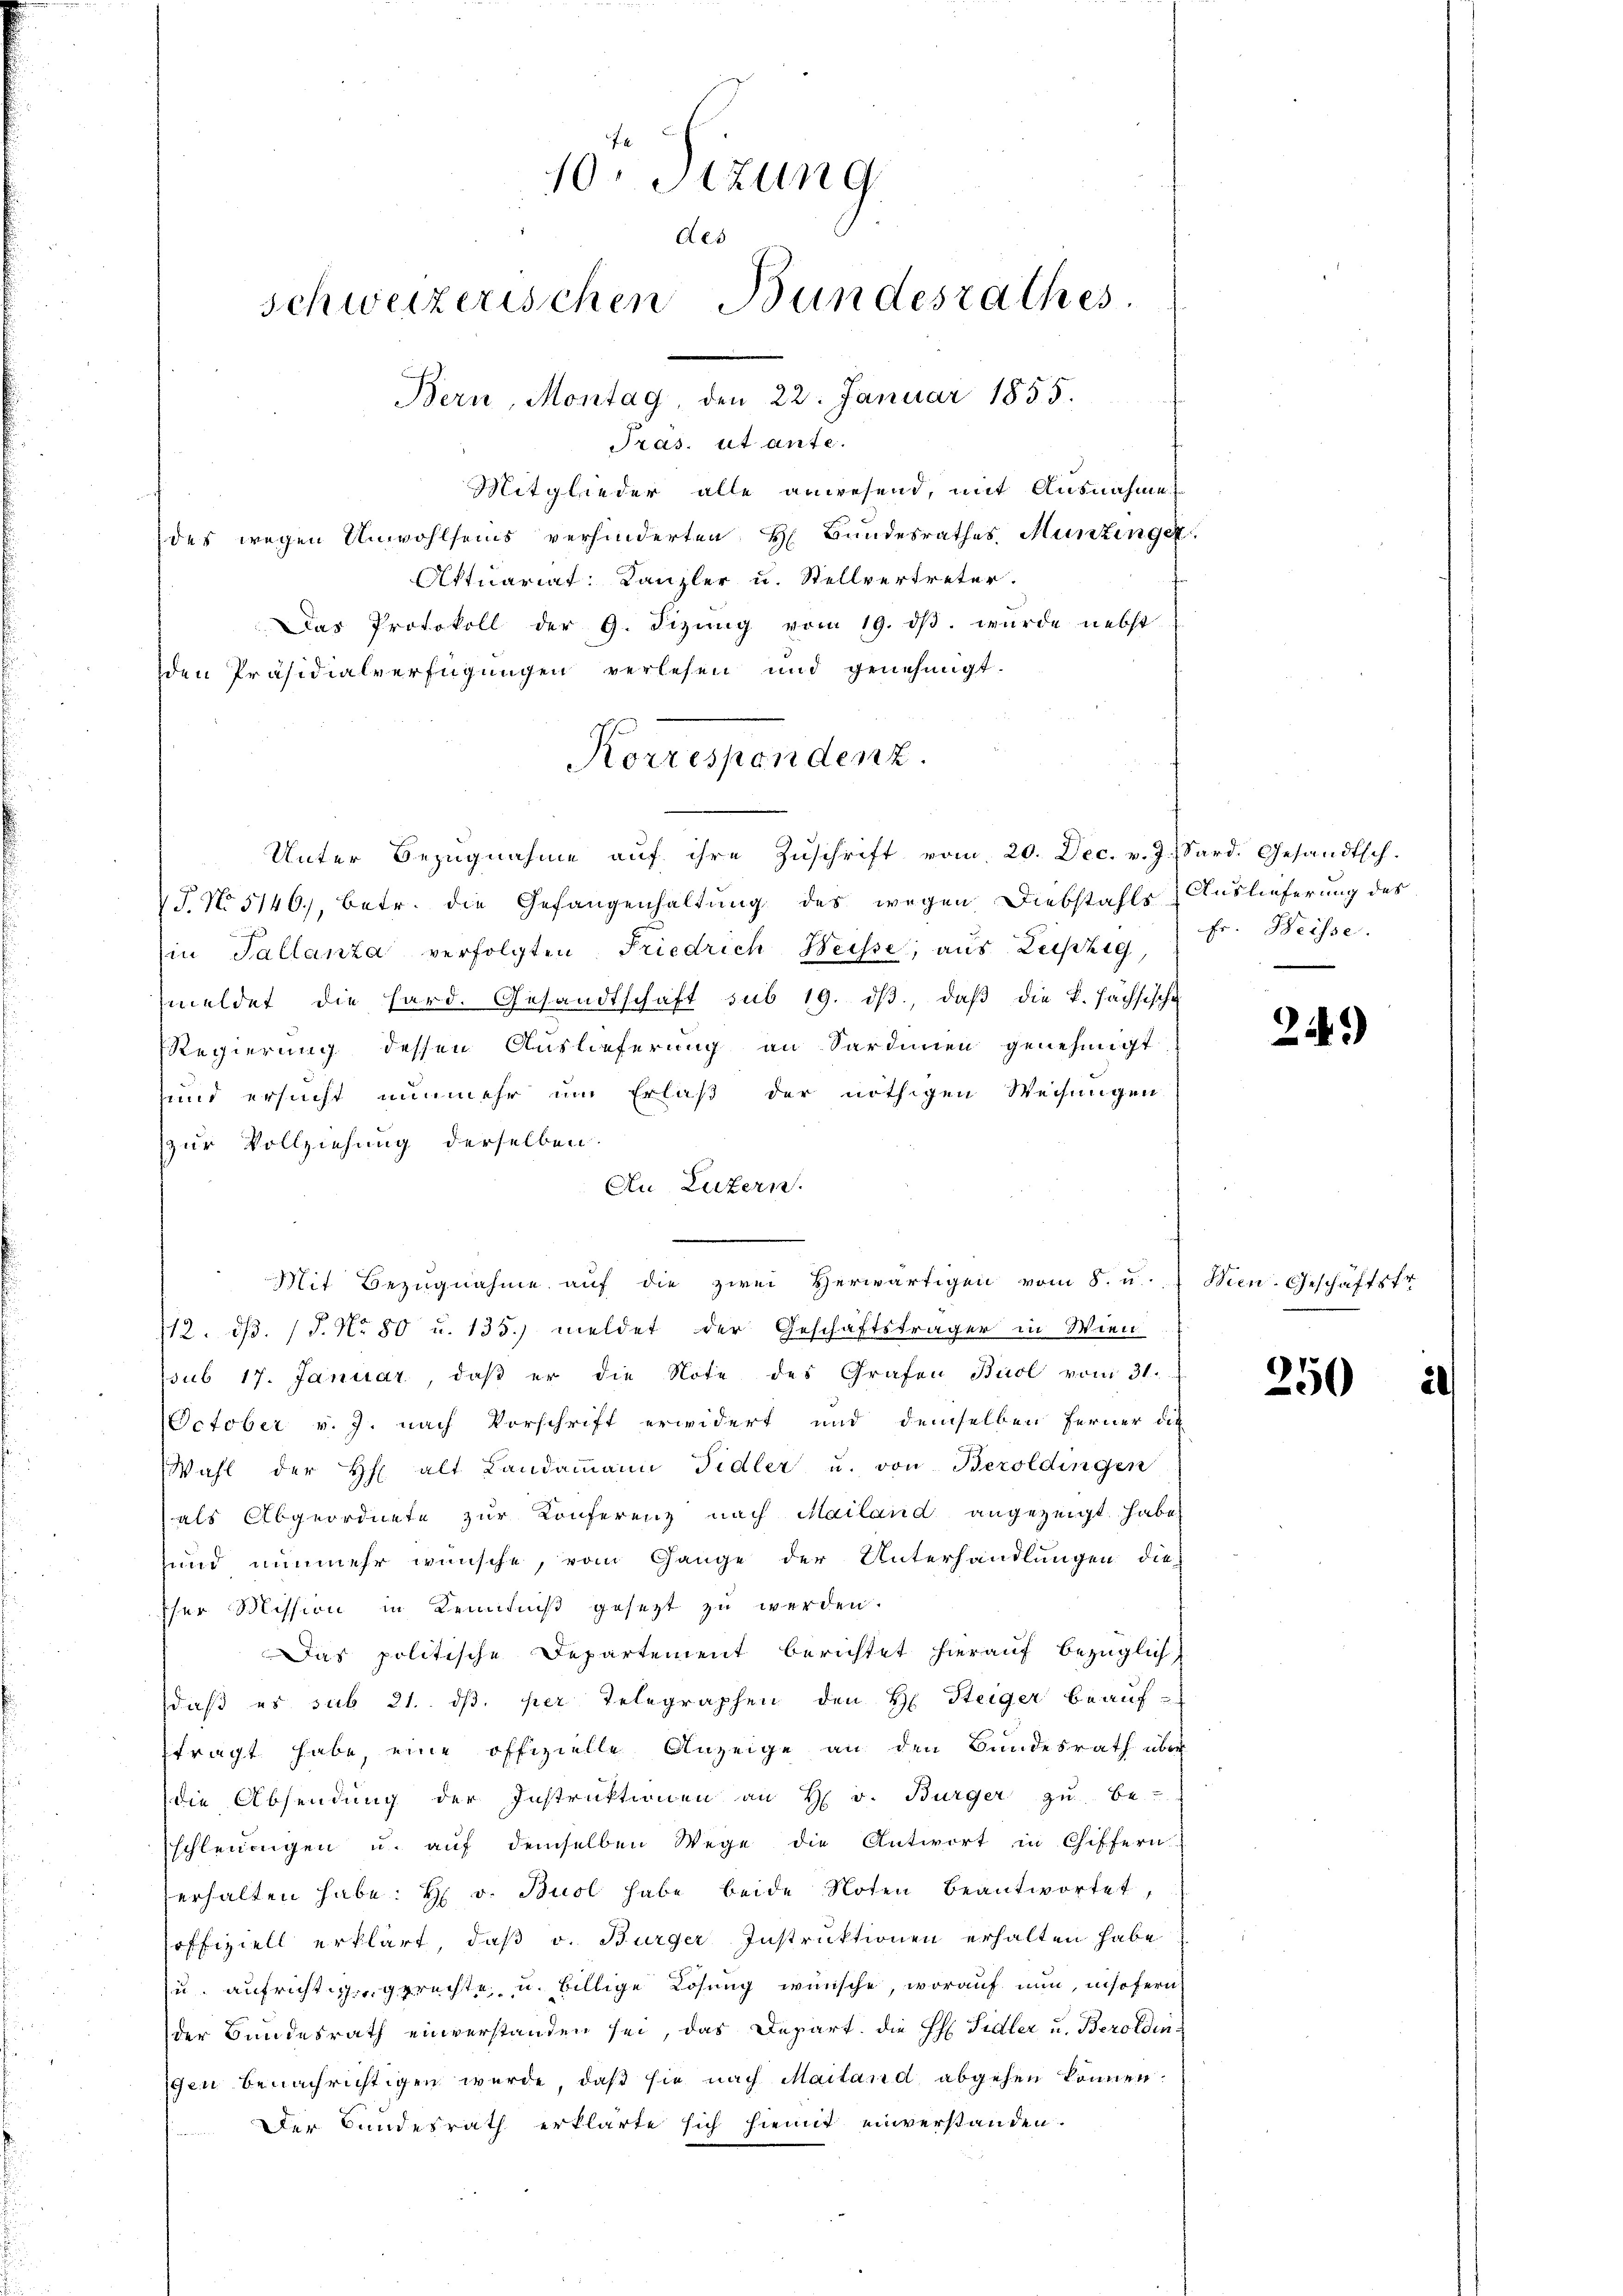
10. Stzung
Aes
schweizerischen Bundesrathes.
Bern, Montag, den 22. Januar 1855.

Pras. ut ante.
Mitglieder alle anwesend, mit Ausnahme
des wegen Unwohlseins verhinderten H. Bundesrathes Munzinget
Aktuariat Kanzler u. Stellvertreter.
Das Protokoll der 9. Sizŭng vom 19. dβ. wurde nebst
den Präsidialverfügungen verlesen und genehmigt.
Unter Bezŭgnahme aŭf ihre Zŭschrift vom 20. Dec. v. J. Sard. Gesandtsch.
J. No 5146, betr. die Gefangenhaltung des wegen Diebstahls Auslieferung des
in Tallanza verfolgten Friedrich Weisse, aus Leipzig,
meldet die hard. Gesandtschaft sub 19. dβ, daβ die k. hächsische
RRegierung dessen Auslieferung an Sardinien genehmigt
und ersucht nunmehr um Erlaß der nöthigen Weisungen
zur Vollziehung derselben.
Au Luzern.
Mit Bezugnahme auf die zwei Herwärtigen vom 8. u.
112. d. 15. No 80 u. 135.) meldet der Geschäftsträger in Wien
psub 17. Januar, daß er die Note des Grafen Buol vom 31.
October v. J. nach Vorschrift erwidert und demselben Ferner die
Wahl der h. alt Landammann Fidler u. von Beroldingen
als Abgeordnete zŭr Konferenz nach Mailand angezeigt habe,
und nunmehr wünsche, vom Gange der Unterhandlungen die
Iser Mission in Kenntniß gesezt zu werden.
Das politische Departement berichtet hierauf bezüglich
daβ es sub 21. dβ. per Telegraphen den H. Steiger beauftragt habe, eine offizielle Anzeige an den Bundesrath über
die Absendung der Instruktionen an H. v. Bürger zu be-
schleunigen u. aŭf demselben Wege die Antwort in Chiffern
erhalten habe. H. v. Buol habe beide Noten beantwortet,
offiziell erklärt, daß v. Bürger Instruktionen erhalten habe
u. aufricht gegerechte, u. billige Lösung wünsche, worauf nun, insofern
der Bundesrath einverstanden sei, das Depart. die H: Fidler u. Beroldingen benachrichtigen werde, daß sie nach Mailand abgehen können.
Der Bundesrath erklärte sich hiemit einverstanden.

Korrespondenz.

Fr. Weisse.

249)

Wien. Geschäftsfr.

250